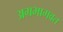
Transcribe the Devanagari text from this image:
अग्रभागवत